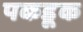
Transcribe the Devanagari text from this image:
पकडूक